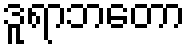
ဒူရာဘတော